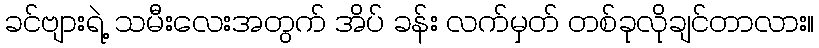
ခင်ဗျားရဲ့ သမီးလေးအတွက် အိပ် ခန်း လက်မှတ် တစ်ခုလိုချင်တာလား။